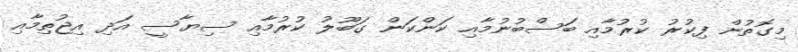
މިގޮތުން ފިކުރު ކުރުމާއި ބަސްބުނުމާއި ކަންކަން ގަބޫލު ކުރުމާއި ސިޔާސީ އަދި އިޖުތިމާއި